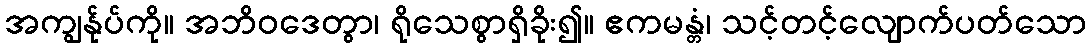
အကျွန်ုပ်ကို။ အဘိဝဒေတွာ၊ ရိုသေစွာရှိခိုး၍။ ဧကမန္တံ၊ သင့်တင့်လျောက်ပတ်သော